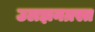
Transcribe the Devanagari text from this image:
उलझनग्रस्त